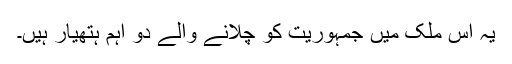
یہ اس ملک میں جمہوریت کو چلانے والے دو اہم ہتھیار ہیں۔